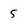
Character: 5